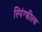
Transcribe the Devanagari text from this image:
स्पिंग्फील्ड